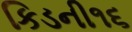
કિડની૧૬